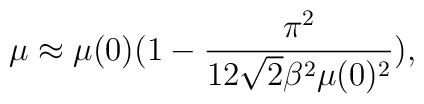
\mu\approx \mu(0)(1-\frac{\pi^{2}}{12\sqrt{2}\beta^{2}\mu(0)^{2}}),